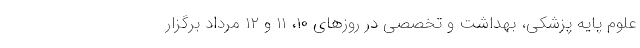
علوم پایه پزشکی، بهداشت و تخصصی در روزهای ۱۰، ۱۱ و ۱۲ مرداد برگزار